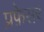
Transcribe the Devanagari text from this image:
प्रफ़ेसर